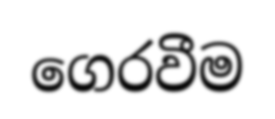
ගෙරවීම